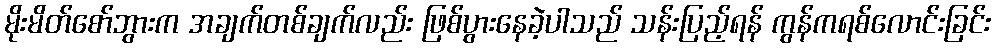
မိုးမိတ်စော်ဘွားက အချက်တစ်ချက်လည်း ဖြစ်ပွားနေခဲ့ပါသည် သန်းပြည့်ရန် ကွန်ကရစ်လောင်းခြင်း